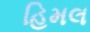
હિમલ